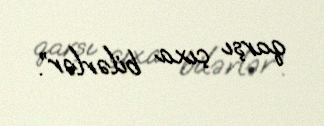
qarşı çıxa bilərlər”.